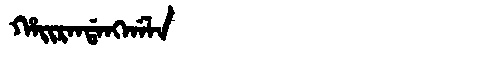
Manchu: ᡥᠠᡳᡵᠠᠨᡩᠠᠩᡤᠠᠯᠠ
Romanization: HAIRANDANGGALA